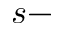
s -